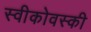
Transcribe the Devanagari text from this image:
स्वीकोवस्की